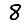
Digit: 8